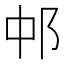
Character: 𬩵